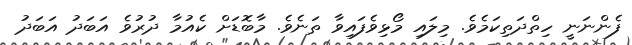
ފެންނަނީ ހިތްދަތިކަމެވެ. މިލައި މޯޅިވެފައިވާ ތަނެވެ. މާބޮޑަށް ކެއުމާ ދުރުވެ އަބަދު އަބަދު